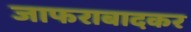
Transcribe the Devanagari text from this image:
जाफराबादकर